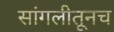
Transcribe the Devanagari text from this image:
सांगलीतूनच